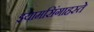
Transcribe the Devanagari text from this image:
झ्यामसिंगाहस्ते